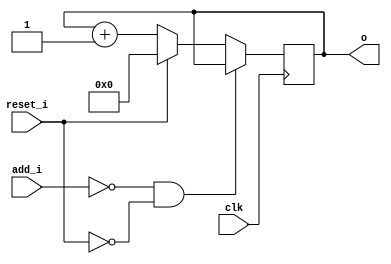
module bsg_circular_ptr_slots_p32_max_add_p1
(
  clk,
  reset_i,
  add_i,
  o
);

  input [0:0] add_i;
  output [4:0] o;
  input clk;
  input reset_i;
  wire N0,N1,N2,N3,N4,N5,N6,N7,N8,N9,N10;
  wire [4:0] genblk1_genblk1_ptr_r_p1;
  reg [4:0] o;
  assign genblk1_genblk1_ptr_r_p1 = o + 1'b1;
  assign { N7, N6, N5, N4, N3 } = (N0)? { 1'b0, 1'b0, 1'b0, 1'b0, 1'b0 } :
                                  (N1)? genblk1_genblk1_ptr_r_p1 : 1'b0;
  assign N0 = reset_i;
  assign N1 = N2;
  assign N2 = ~reset_i;
  assign N8 = ~add_i[0];
  assign N9 = N8 & N2;
  assign N10 = ~N9;

  always @(posedge clk) begin
    if(N10) begin
      { o[4:0] } <= { N7, N6, N5, N4, N3 };
    end
  end


endmodule